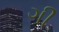
ગી